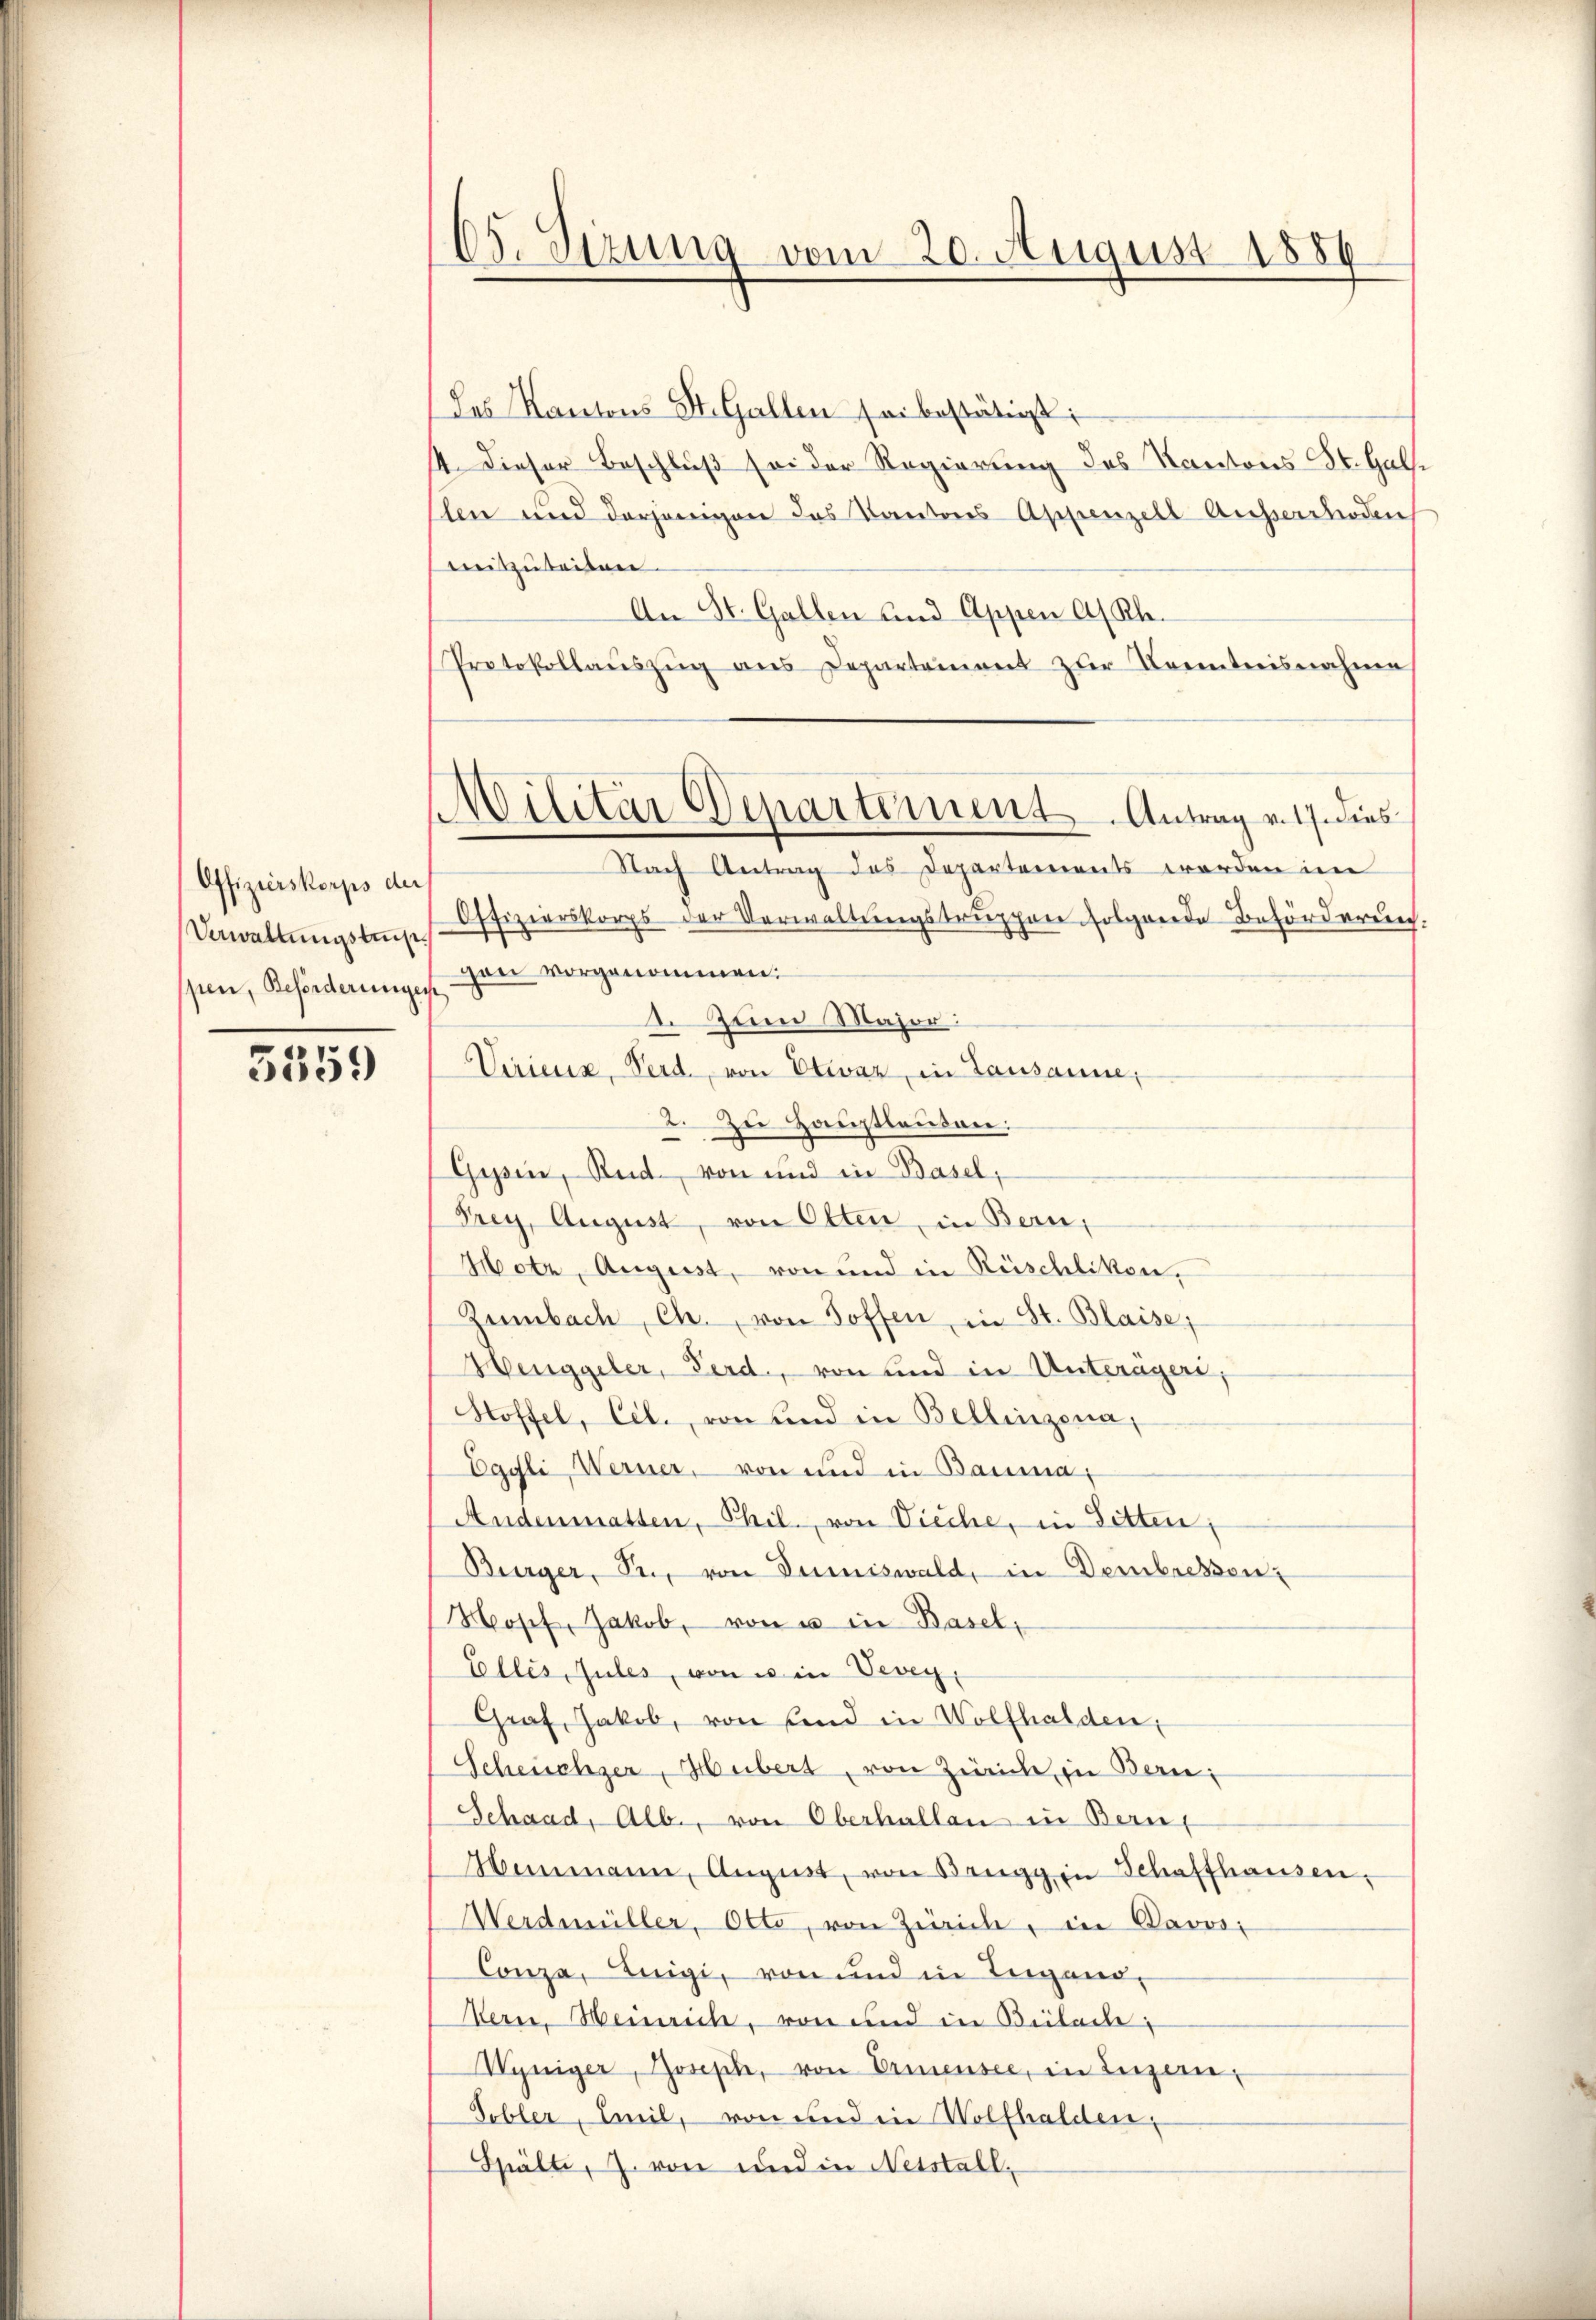
Offizierskorps der
Verwaltungstrup
pen, Beförderungen

5359

65. Sizung vom 20. August 1889

Des Kantons St. Gallen sei bestätigt:
4. Dieser Beschluß sei der Regierung des Kantons Sr. Halse
len und derjenigen das Kantons Appenzell Ausserrhoden
mitzuteilen.
An St. Gallen und Appen a/Rh.
Protokollaŭszŭg ans Departement zur Kenntnisnahme
Nach Antrag des Departements werden im
Offizierskorps der Verwaltungstruppen folgende Beförderungan vorgenommen.
d. Zum Major:
Viricus, Perd, von Elevar in Lausanne,
2. Zu Hauptleuten:
Gyssen, Rud. von und in Basel,
Prey, August, von Olten, in Bern,
Hotz, August, von und in Rüschlikon.
Zumbach, Ch., von Toffen, in St. Blaise;
Henggeler, Ferd, von und in Unterägeri,
Hoffel, Cel., von und in Bellinzona,
Egyli, Werner, von und in Bauma,
Andenmatten, Phil., von Vieche, in Sitten,
Bürger, Pr., von Dumiswald, in Dembressen:
Hopf, Jakob, von u in Basel,
Eellés, Jules, von es in Vevey,
Graf, Jakob, von sind in Wolfhalden,
Scheuchzer, Hubert, von Zürich in Bern,
Schaad, Alb., von Oberhallen in Bern,
Heimann, August, von Brugg in Schaffhausen,
Werdmüller, Otto, von Zürich, in Davos:
Conza, Luigi, von und in Teigand¬
Bern, Heinrich, von und in Beilade¬
Wyniger, Joseph, von Ermensee, in Luzern,
Tobler, Emil, von und in Wolfhalden,
Spälte, J. von und in Netstell¬

MMilitär Departement. Antrag v. 17. dies